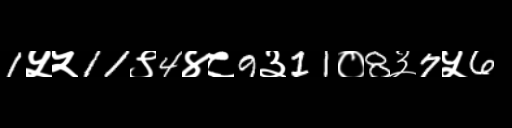
Text: 1५५11९4४८9३11०8३7५6